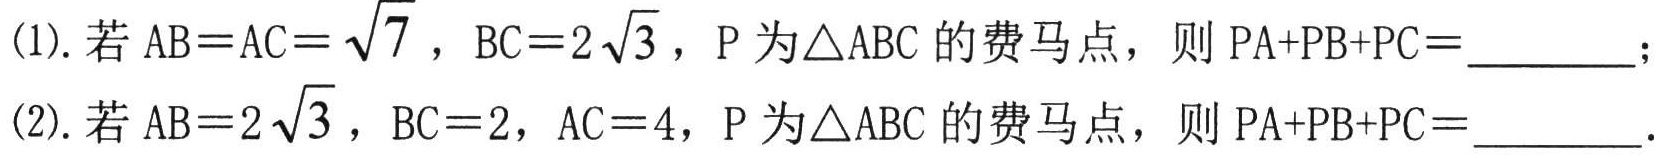
(1). 若 \(AB = AC=\sqrt{7}\)，\(BC = 2\sqrt{3}\)，\(P\) 为\(\triangle ABC\) 的费马点，则 \(PA + PB + PC=\underline{\quad\quad}\)；

(2). 若 \(AB = 2\sqrt{3}\)，\(BC = 2\)，\(AC = 4\)，\(P\) 为\(\triangle ABC\) 的费马点，则 \(PA + PB + PC=\underline{\quad\quad}\).